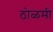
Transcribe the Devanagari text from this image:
ठोळमी